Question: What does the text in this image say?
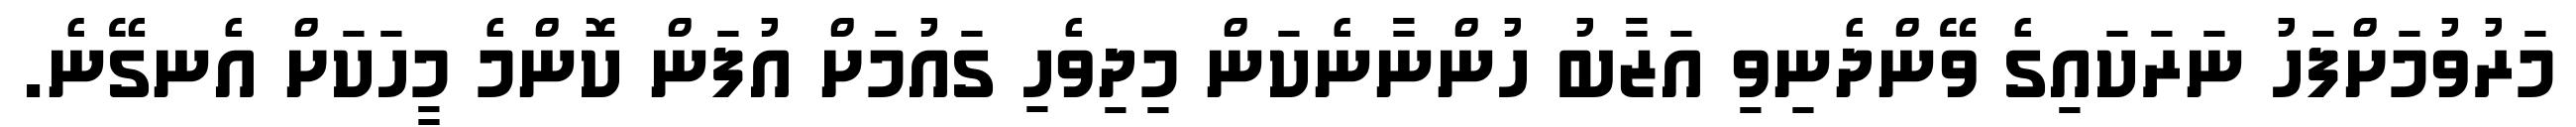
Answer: މަރުވުމަށްފަހު ނަރަކައިގެ ވޭންދެނިވި އަޒާބު ހުންނާނެކަން މިދިވެހި ގައުމަށް އުފަން ކޮންމެ މީހަކަށް އެނގޭނެ.